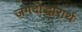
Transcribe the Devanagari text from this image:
जगदोद्धारार्थ